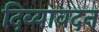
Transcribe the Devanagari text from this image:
दिव्‍यावदन